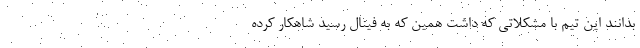
بدانند این تیم با مشکلاتی که داشت همین که به فینال رسید شاهکار کرده